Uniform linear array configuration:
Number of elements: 48
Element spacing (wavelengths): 0.75
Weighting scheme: exponential
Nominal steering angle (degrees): -60
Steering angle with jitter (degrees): -61.64
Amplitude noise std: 0.05
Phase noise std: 0.05

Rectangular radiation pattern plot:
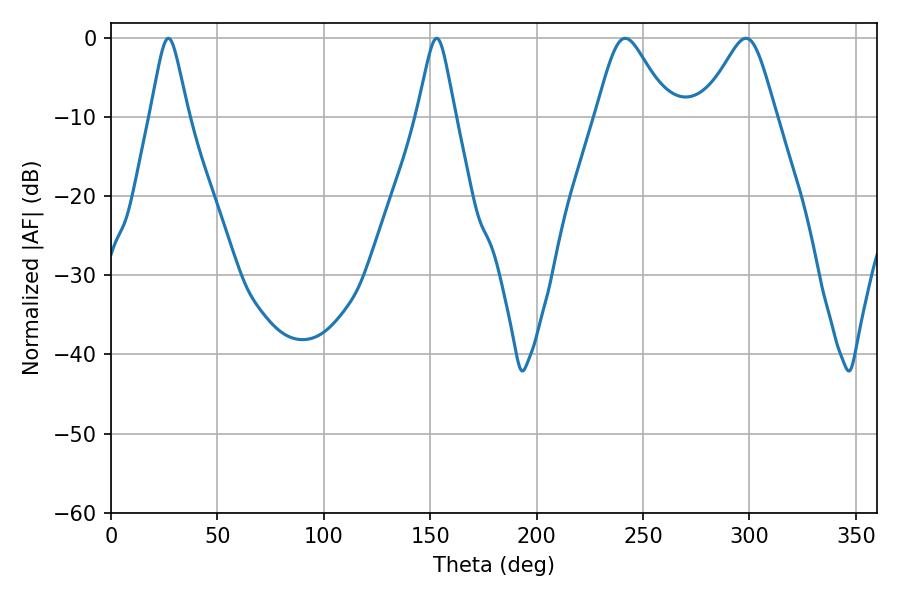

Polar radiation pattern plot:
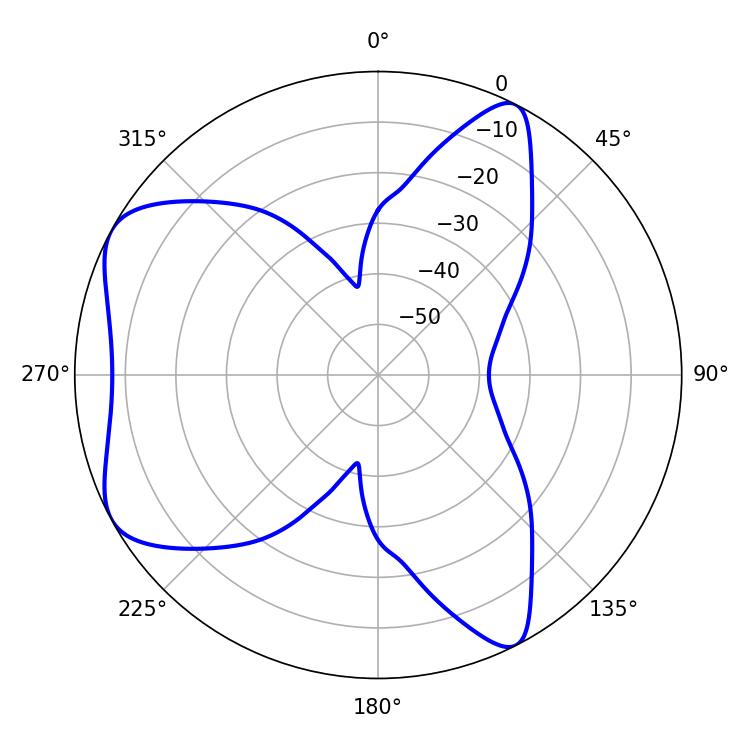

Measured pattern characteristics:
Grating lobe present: TRUE
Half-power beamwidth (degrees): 8.46
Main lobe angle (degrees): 27